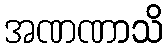
အဏဏာသိ